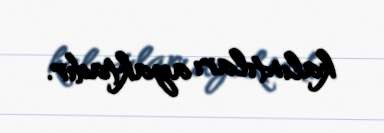
kalıntıları ayaktadır.